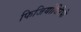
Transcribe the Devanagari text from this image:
फिजियोथिरैपी